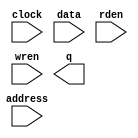
module C_ram (
	address,
	clock,
	data,
	rden,
	wren,
	q);

	input	[2:0]  address;
	input	  clock;
	input	[19:0]  data;
	input	  rden;
	input	  wren;
	output	[19:0]  q;
`ifndef ALTERA_RESERVED_QIS
// synopsys translate_off
`endif
	tri1	  clock;
	tri1	  rden;
`ifndef ALTERA_RESERVED_QIS
// synopsys translate_on
`endif

endmodule